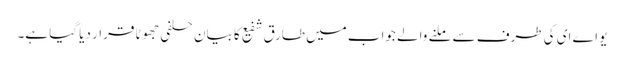
یو اے ای کی طرف سے ملنے والے جواب میں طارق شفیع کا بیان حلفی جھوٹا قرار دیا گیا ہے۔